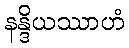
နန္ဒိယဿာဟံ